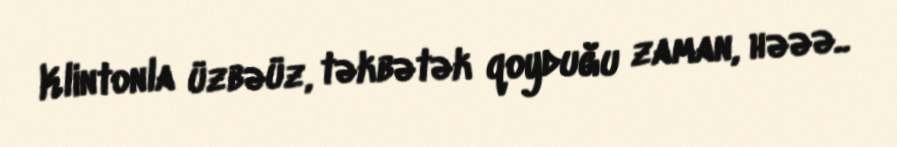
Klintonla üzbəüz, təkbətək qoyduğu zaman, həəə..